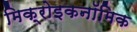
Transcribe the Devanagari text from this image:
मिक्रोइकनॉमिक